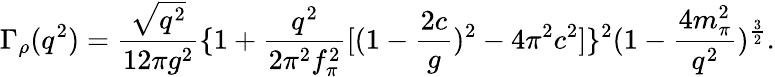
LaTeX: \Gamma_{\rho}(q^{2})=\frac{\sqrt{q^{2}}}{12\pi g^{2}}\{ 1+\frac{q^{2}}{2\pi^{2}f_{\pi}^{2}}[(1-{\frac{2c}{g}})^{2}-4\pi^{2}c^{2}]\} ^{2}(1-{\frac{4m_{\pi}^{2}}{q^{2}}})^{\frac{3}{2}}.